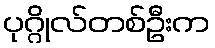
ပုဂ္ဂိုလ်တစ်ဦးက